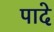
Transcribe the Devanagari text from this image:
पादे